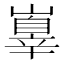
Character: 𡽕